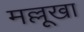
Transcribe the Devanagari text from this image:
मल्लूखा